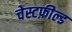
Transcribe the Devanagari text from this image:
चेस्टफ़ील्ड